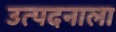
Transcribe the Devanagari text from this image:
उत्पदनाला